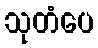
သုတံပေ